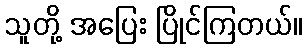
သူတို့ အပြေး ပြိုင်ကြတယ်။